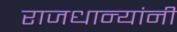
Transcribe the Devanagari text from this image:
राजधान्यांनी